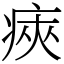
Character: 㾜